Report on horse surra - Volume I
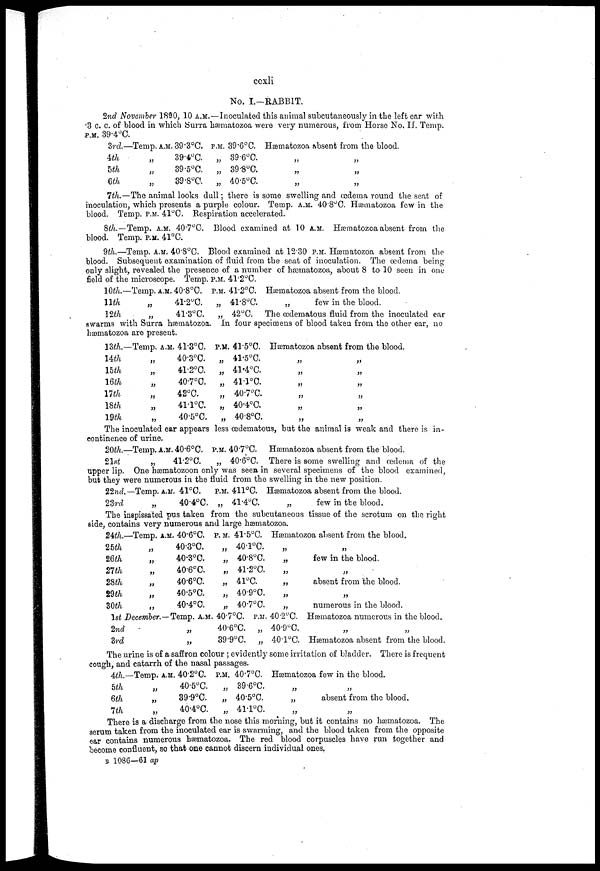
ccxli
No. I.—RABBIT.
2nd November 1890, 10 A.M.—Inoculated this animal subcutaneously in the left ear with
3 c. c. of blood in which Surra hæmatozoa were very numerous, from Horse No. II. Temp.
P.M. 39.4°C.
3rd.
4th
5th
6th
—Temp. A.M. 39.3°C
39.4.°C.
39.5°C.
39.8°C
P.M. 39.6°C.
„ 39.6°C.
„ 39.8°C.
„ 40.5°C.
Hæmatozoa Absent from the blood.
„ „
„ „
„ „
7th.—The animal looks dull; there is some swelling and œdema round the seat of
inoculation, which presents a purple colour. Temp. A.M. 40.8°C. Hæmatozoa few in the
blood. Temp. P.M. 41°C. Respiration accelerated.
8th.—Temp. A.M. 40.7°C. Blood examined at 10 A.M. Hæmatozoa absent from the
blood. Temp. P.M. 41°C.
9th.—Temp. A.M. 40.8°C. Blood examined at 12.30 P.M. Hæmatozoa absent from the
blood. Subsequent examination of fluid from the seat of inoculation. The œdema being-
only slight, revealed the presence of a number of hæmatozoa, about 8 to 10 seen in one
field of the microscope. Temp. P.M. 41.2°C.
10th.—
11th
12th
Temp. A.M. 40.8°C.
„
41.2°C.
41.3°C.
P.M. 41.2°C.
„ 41.8°C.
„ 42°C.
Hæmatozoa absent from the blood.
„
few in the blood.
The œdematous fluid from the inoculated car
swarms with Surra hæmatozoa. In four specimens of blood taken from the other ear, no
hæmatozoa are present.
13th—
14th
15th
16th
17th
18th
19th
Temp. A.M.
„
,
„
„
„
„
, 41.3°C.
40.3°C.
41.2°C.
40.7°C.
42°C.
41.1°C
40.5°C.
P.M.
„
„
,
„
,„
„
41.5°C.
41.5°C.
41.4°C.
41.1°C.
40.7°C.
40.4°C.
40.8°C.
Hæmatozoa absent from the blood.
„
„
„
„
„
„
„
„
„
„
„
„
The inoculated ear appears less œdematous, but the animal is weak and there is in-
continence of urine.
20th.
21st
—Temp. A.M. 40.6°C.
41.2°C.
P.M. 40.7°C.
„ 40.6°C.
Hæmatozoa absent from the blood.
There is some swelling and oedema of the
upper lip. One hæmatozoon only was seen in several specimens of the blood examined,
but they were numerous in the fluid from the swelling in the new position.
22nd.—
23rd
Temp. A.M. 41°C.
40.4°C.
P.M. 41.1°C.
„ 41.4°C.
Hæmatozoa absent from the blood.
„
few in the blood.
The inspissated pus taken from the subcutaneous tissue of the scrotum on the right
side, contains very numerous and large hæmatozoa.
24th—
25th
26th
27th
28th
29th
30th
Temp. A.M. 40.6°C.
„
40.3°C.
40.3°C.
40.6°C.
40.6°C.
„
40.5°C.
40.4°C.
1st December.—Temp. A.M.
2nd
3rd
„
„
P.M. 41.5°C.
„ 40.1°C.
„ 40.8°C.
„ 41.2°C.
„ 41°C.
„ 40.9°C.
„ 40.7°C.
. 40.7°C. P.M.
40.6°C. „
39.9°C. „
Hæmatozoa absent from the blood.
„
„
„
„
„
„
40.2°C.
40.9°C.
40.1°C.
„
few in the blood.
„
absent from the blood.
„
numerous in the blood.
Hæmatozoa numerous in the blood.
„ „
Hæmatozoa absent from the blood.
The urine is of a saffron colour ; evidently some irritation of bladder. There is frequent
cough, and catarrh of the nasal passages.
4th.
5th
6th
7th
—Temp. A.M. 40.2°C.
40.5°C.
„
39.9°C.
40.4°C.
P.M. 40.7°C.
„ 39.6°C.
„ 40.5°C.
„ 41.1°C.
Hæmatozoa few in the blood.
„ „
„
absent from the blood.
„ „
There is a discharge from the nose this morning, but it contains no hæmatozoa. The
serum taken from the inoculated ear is swarming, and the blood taken from the opposite
ear contains numerous hæmatozoa. The red blood corpuscles have run together and
become confluent, so that one cannot discern individual ones.
B 1086—61 ap